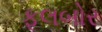
ફૂલબોર